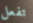
تفعل